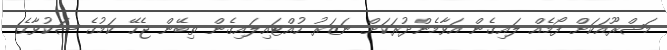
މަޝްރޫއަކަށް ފޯމެއް ލައިގެން އަވާމެންދުރަކަށް ނަޒަރު ހުއްޓައިލައިގެން ތިބޭން ޖެހޭ ކަމުގެ ޝަކުވާގެ